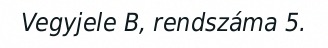
Vegyjele B, rendszáma 5.